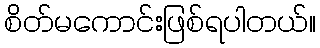
စိတ်မကောင်းဖြစ်ရပါတယ်။